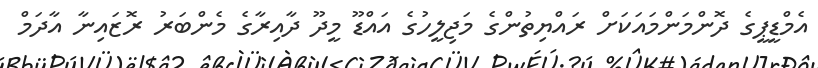
އެމްޑީޕީގެ ދޮންމަންމައަކަށް ރައްޔިތުންގެ މަޖިލީހުގެ އައްޑޫ މީދޫ ދާއިރާގެ މެންބަރު ރޮޒައިނާ އާދަމް